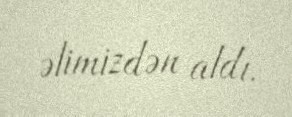
əlimizdən aldı.